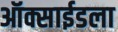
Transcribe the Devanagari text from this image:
ऑक्साईडला